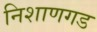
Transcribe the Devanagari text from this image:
निशाणगड